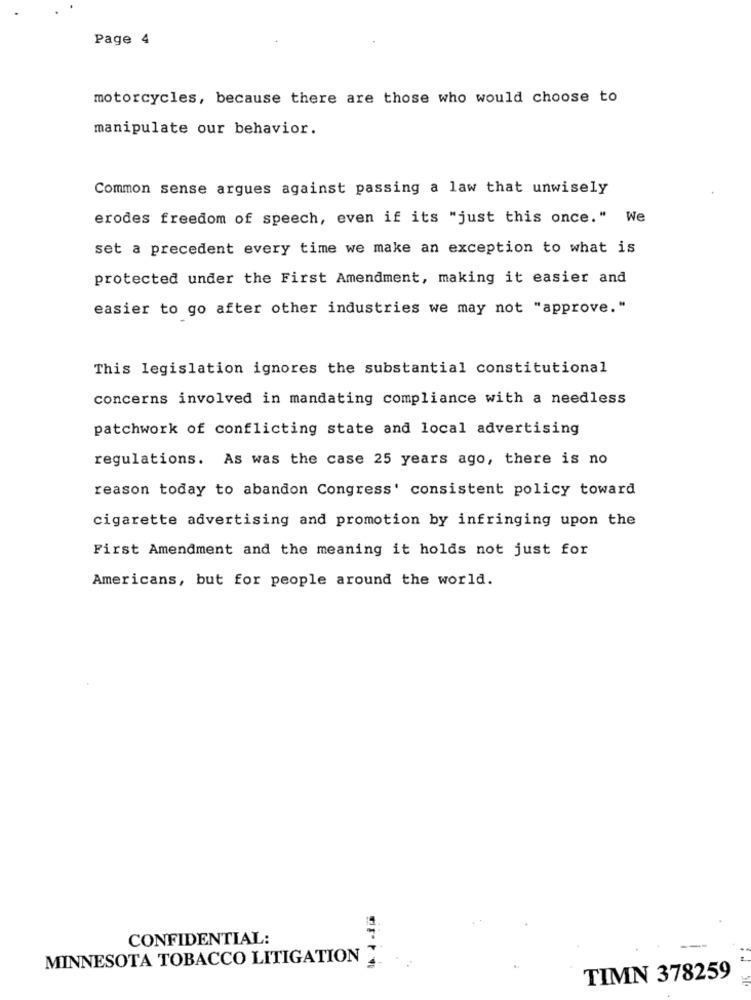
Page 4
motorcycles, because there are those who would choose to
manipulate our behavior.
Common sense argues against passing a law that unwisely
erodes freedom of speech, even if its "just this once." We
set a precedent every time we make an exception to what is
protected under the First Amendment, making it easier and
easier to go after other industries we may not "approve."
This legislation ignores the substantial constitutional
concerns involved in mandating compliance with a needless
patchwork of conflicting state and local advertising
regulations. As was the case 25 years ago, there is no
reason today to abandon Congress' consistent policy toward
cigarette advertising and promotion by infringing upon the
First Amendment and the meaning it holds not just for
Americans, but for people around the world.
CONFIDENTIAL:
MINNESOTA TOBACCO LITIGATION
TIMN 378259